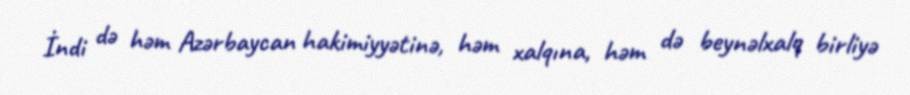
İndi də həm Azərbaycan hakimiyyətinə, həm xalqına, həm də beynəlxalq birliyə